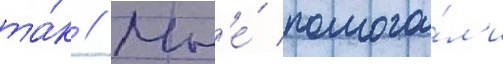
та́к // Мн'е́ помога́л'и